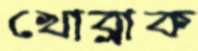
খোব্‌লাক